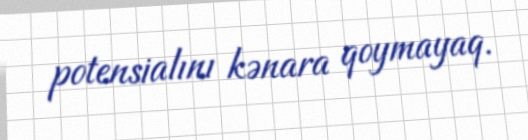
potensialını kənara qoymayaq.